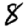
Digit: 8